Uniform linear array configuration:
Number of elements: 8
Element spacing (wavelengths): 0.25
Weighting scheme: hamming
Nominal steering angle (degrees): -30
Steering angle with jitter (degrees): -29.172
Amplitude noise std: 0.05
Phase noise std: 0.05

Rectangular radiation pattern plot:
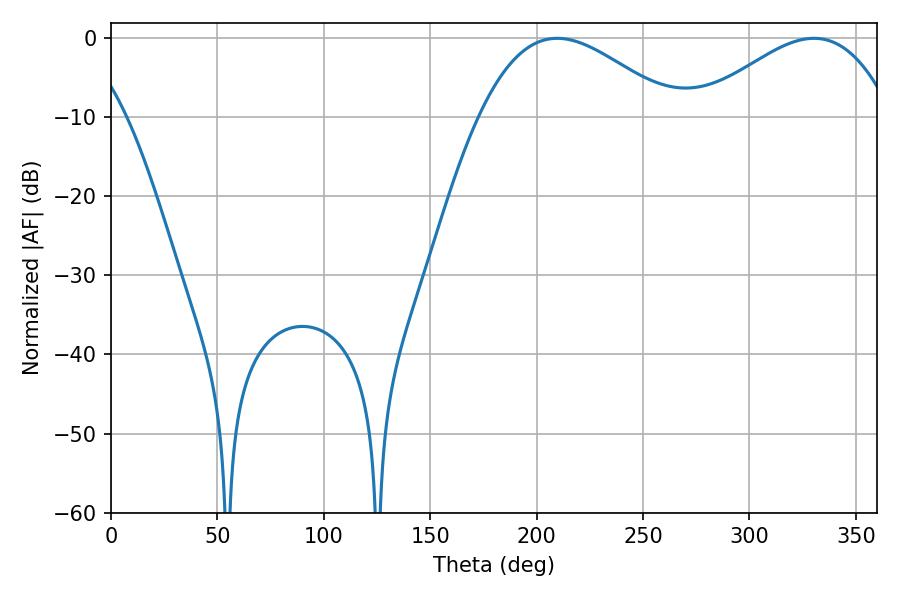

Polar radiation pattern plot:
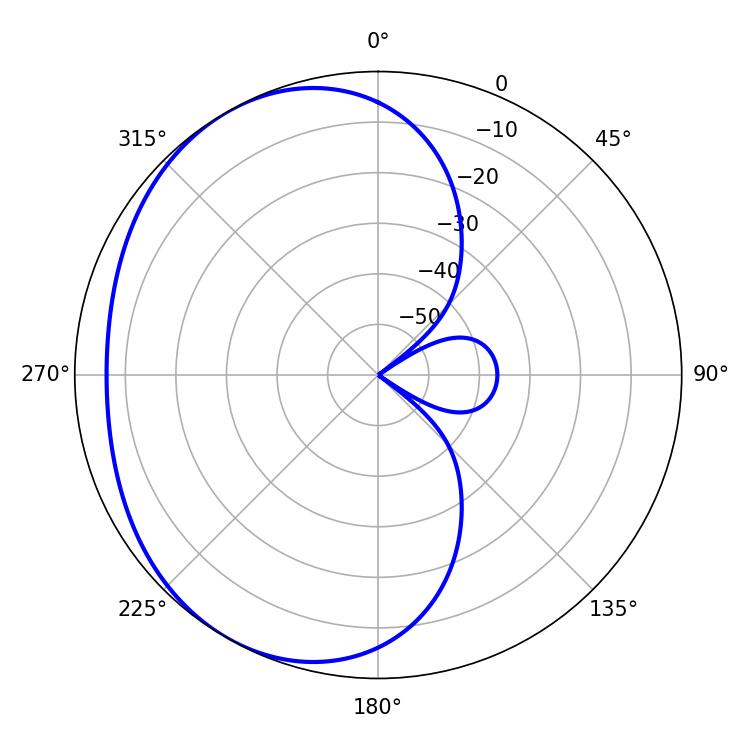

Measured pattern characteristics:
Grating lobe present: FALSE
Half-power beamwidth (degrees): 49.32
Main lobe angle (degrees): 209.7